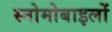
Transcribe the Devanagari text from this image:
स्नोमोबाइलों